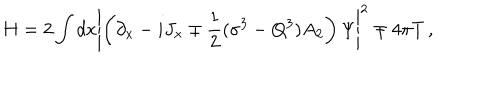
H = 2 \int d x \left| \left( \partial _ { x } - i J _ { x } \mp \frac { 1 } { 2 } ( \sigma ^ { 3 } - Q ^ { 3 } ) A _ { 2 } \right) \Psi \right| ^ { 2 } \mp 4 \pi T \, ,